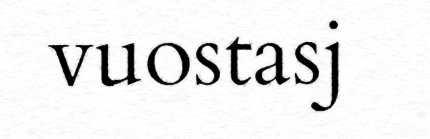
vuostasj